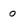
Character: 0